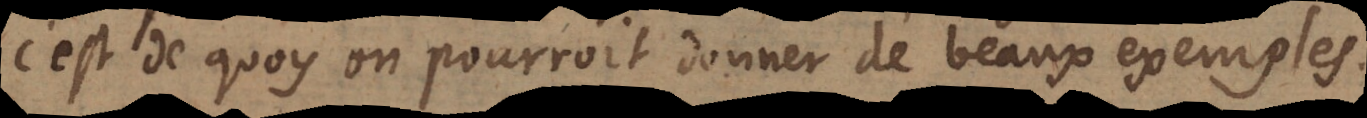
c’est de quoy on pourroit donner de beaux exemples.